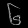
Digit: ၆